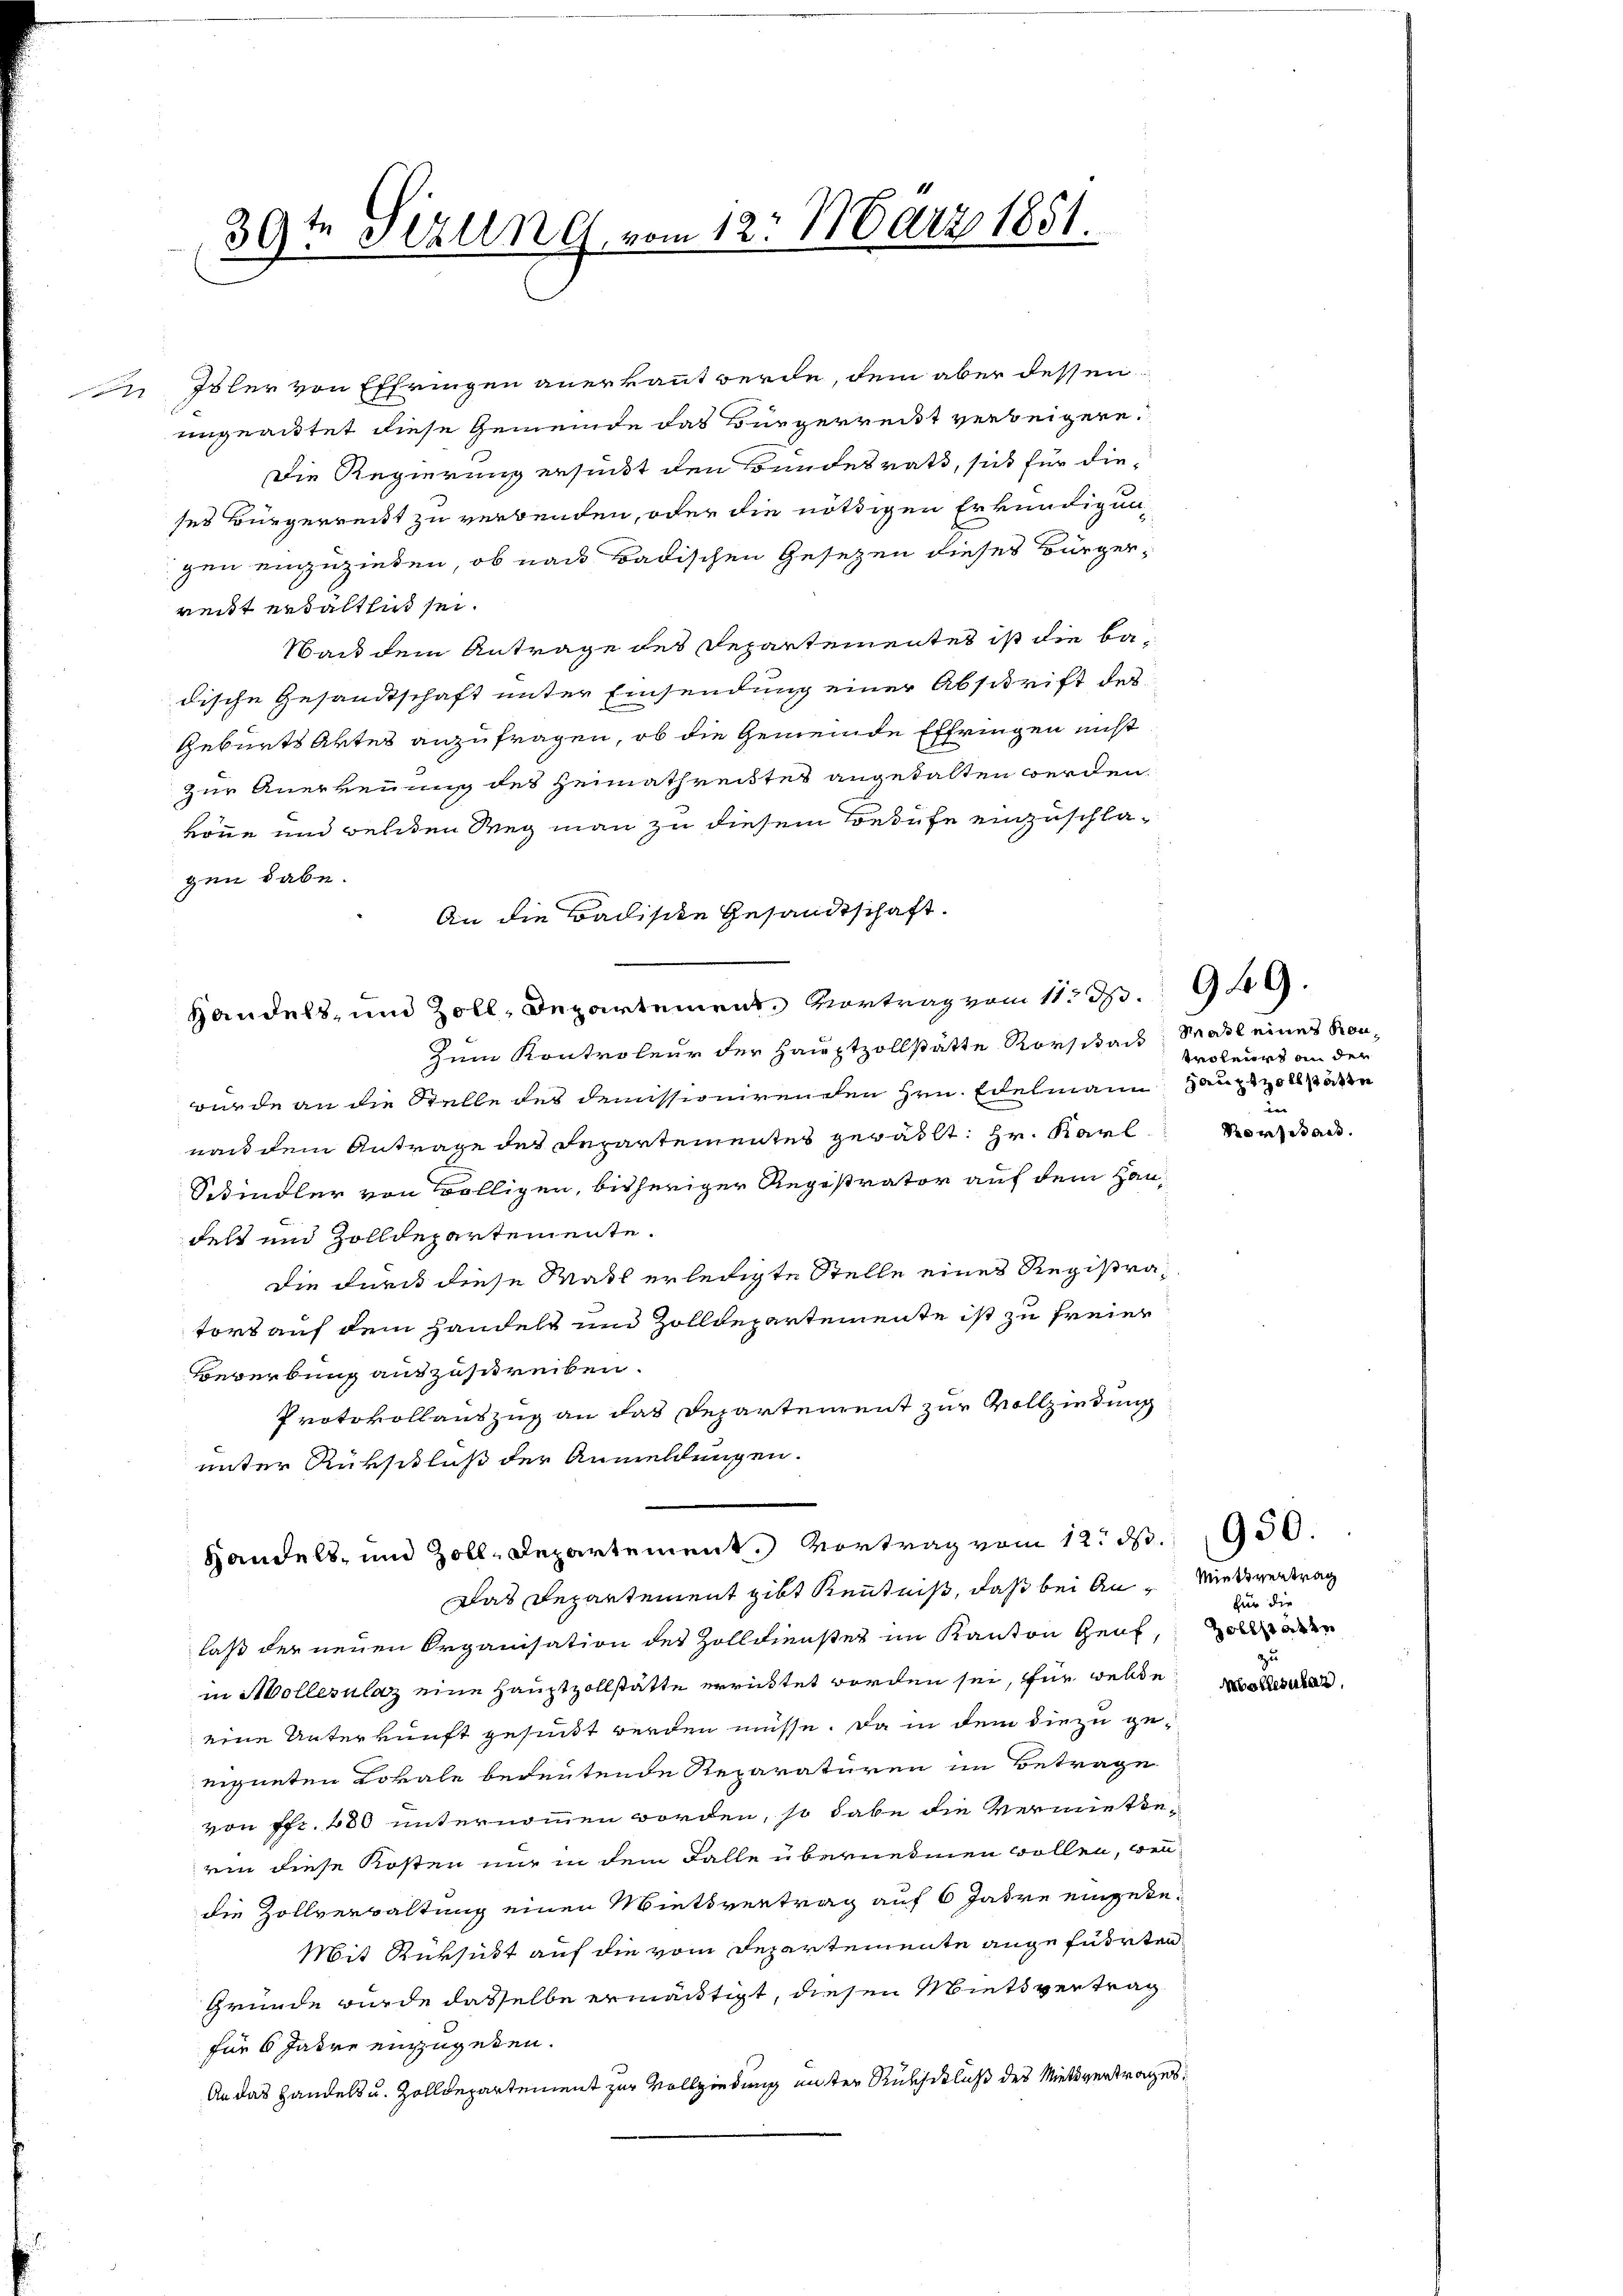
74
39? etzung vom 12. März 1851.
.

In Isler von Effringen anerkannt werde, dem aber dessen
ungrautet diese Gemeinde das Bürgerreist verbeigern.
Die Regierung ersucht den Bundesrath, sich für dieses Bürgerreist zu verbunden, oder die nöthigen Erkundigungen einzuziehen, ob nach Badischen Gesetzen dieses Bürgerreitt erhältlich sei.
Wach dem Antrage des Departementes ist die Badische Gesandtschaft unter Einsendung einer Abschrift des
Geburts Aktes anzufragen, ob die Gemeinde Effringen nicht
zur Anerkennung des Heimathreistes angehalten werden.
könne und welchen Weg man zu diesem Berufe einzuschlagen habe.
An die Ballische Gesandtschaft.
Handels- und Zoll, Departement. Vortrag vom 11 S. 949.
Zum Kontroleur der Hauptzollstätte Korsikale Stall eines Konwurde an die Stelle des demissionirenden Hrn. Edelmann Hauptzoll an
nach dem Antrage des Departementes gewählt: Hr. Karl.
Schindler von völligen, bisheriger Registrator auf dem Haudelt und Zolldepartemente.
die durch diese Matt erledigte Stelle eines Registratort auf dem Handelt und Zolldepartemente ist zu freier
Bewerbung auszuschreiben.
Protokollauszug an das Departement zur Vollziedung
unter Rükschluß der Anmeldungen.
Handels- und Zoll-Departement. Vortrag vom 12. d. 1950.
Das Departement gibt Kenntniß, daß bei An- Wiederertrag
laß der neuen Organisation des Zolldienstes im Kanton Genf
in Mollerulaz eine Hauptzollstätte errichtet worden sei, für werde als
eine Unterkunft gesundt werden müsse. Da in dem die zu geeigneten Lokale bedeutende Reparaturen im Betrage
von Pfr. 480 unternommen worden, so habe die Vermiete-
rin diese Kosten nur in dem Falle übernehmen wollen, wenn
die Zollverwaltung einen Mietsvertrag auf 6 Jahre eingete¬
Mit Rüksust auf die vom Departemente angeführten
Gründe wurde dasselbe ermächtigt, diesen Mietsvertrag
für 6 Jahre einzugeben.
An das Handels u. Zolldepartement zur Vollziedwig unter Rückschluß des Mietsvertrages

troleurs an den
.
Pronstand.

für die
Zollstätte
.